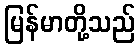
မြန်မာတို့သည်